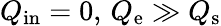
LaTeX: Q_{\mathrm{in}}=0,\, Q_{\mathrm{e}}\gg Q_{\mathrm{s}}